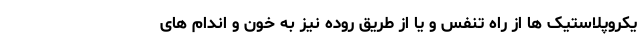
یکروپلاستیک ها از راه تنفس و یا از طریق روده نیز به خون و اندام های